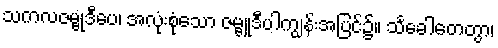
သကလဇမ္ဗုဒီပေ၊ အလုံးစုံသော ဇမ္ဗူဒီပါကျွန်းအပြင်၌။ သင်္ခေါတေတွာ၊